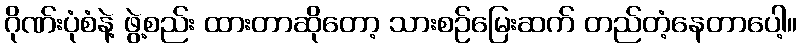
ဂိုဏ်းပုံစံနဲ့ ဖွဲ့စည်း ထားတာဆိုတော့ သားစဉ်မြေးဆက် တည်တံ့နေတာပေါ့။